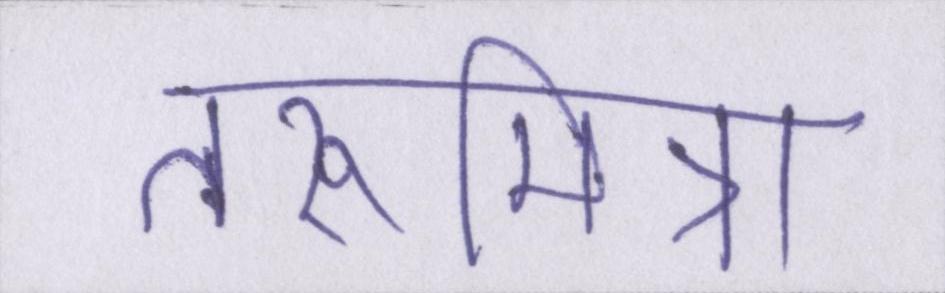
तरूमित्रा